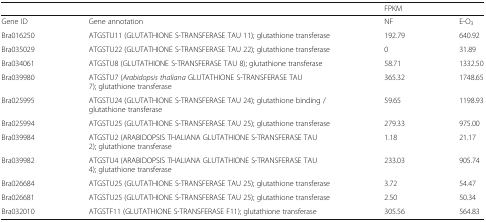
<table><thead><tr><td colspan="2"></td><td><b>FPKM</b></td><td></td></tr></thead><tbody><tr><td>Gene ID</td><td>Gene annotation</td><td>NF</td><td>E-O<sub>3</sub></td></tr><tr><td>Bra016250</td><td>ATGSTU11 (GLUTATHIONE S-TRANSFERASE TAU 11); glutathione transferase</td><td>192.79</td><td>640.92</td></tr><tr><td>Bra035029</td><td>ATGSTU22 (GLUTATHIONE S-TRANSFERASE TAU 22); glutathione transferase</td><td>0</td><td>31.89</td></tr><tr><td>Bra034061</td><td>ATGSTU8 (GLUTATHIONE S-TRANSFERASE TAU 8); glutathione transferase</td><td>58.71</td><td>1332.50</td></tr><tr><td>Bra039980</td><td>ATGSTU7 (<i>Arabidopsis thaliana</i> GLUTATHIONE S-TRANSFERASE TAU 7); glutathione transferase</td><td>365.32</td><td>1748.65</td></tr><tr><td>Bra025995</td><td>ATGSTU24 (GLUTATHIONE S-TRANSFERASE TAU 24); glutathione binding / glutathione transferase</td><td>59.65</td><td>1198.93</td></tr><tr><td>Bra025994</td><td>ATGSTU25 (GLUTATHIONE S-TRANSFERASE TAU 25); glutathione transferase</td><td>279.33</td><td>975.00</td></tr><tr><td>Bra039984</td><td>ATGSTU2 (ARABIDOPSIS THALIANA GLUTATHIONE S-TRANSFERASE TAU 2); glutathione transferase</td><td>1.18</td><td>21.17</td></tr><tr><td>Bra039982</td><td>ATGSTU4 (ARABIDOPSIS THALIANA GLUTATHIONE S-TRANSFERASE TAU 4); glutathione transferase</td><td>233.03</td><td>905.74</td></tr><tr><td>Bra026684</td><td>ATGSTU25 (GLUTATHIONE S-TRANSFERASE TAU 25); glutathione transferase</td><td>3.72</td><td>54.47</td></tr><tr><td>Bra026681</td><td>ATGSTU25 (GLUTATHIONE S-TRANSFERASE TAU 25); glutathione transferase</td><td>2.50</td><td>50.34</td></tr><tr><td>Bra032010</td><td>ATGSTF11 (GLUTATHIONE S-TRANSFERASE F11); glutathione transferase</td><td>305.56</td><td>564.83</td></tr></tbody></table>